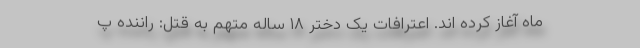
ماه آغاز کرده اند. اعترافات یک دختر ۱۸ ساله متهم به قتل: راننده پ